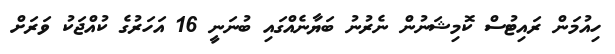
ހިއުމަން ރައިޓުސް ކޮމިޝަނުން ނެރުނު ބަޔާނެއްގައި ބުނަނީ 16 އަހަރުގެ ކުއްޖަކު ވަރަށް